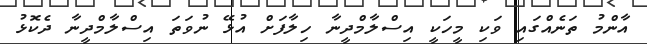
އާންމު ތަނެއްގައި ވަކި މީހަކީ އިސްލާމްދީނާ ހިލާފަށް އުޅޭ ނުވަތަ އިސްލާމްދީނާ ދެކޮޅު